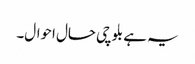
یہ ہے بلوچی حال احوال۔